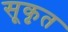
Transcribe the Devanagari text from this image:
सूकृत